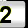
Digit: 2